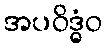
အပဝိဒ္ဓံဝ